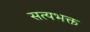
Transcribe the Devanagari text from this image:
सत्यभक्त